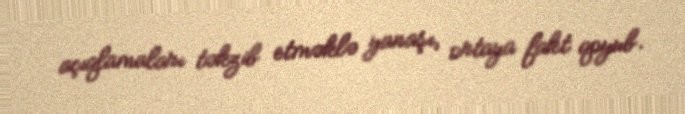
açıqlamaları təkzib etməklə yanaşı, ortaya fakt qoyub.